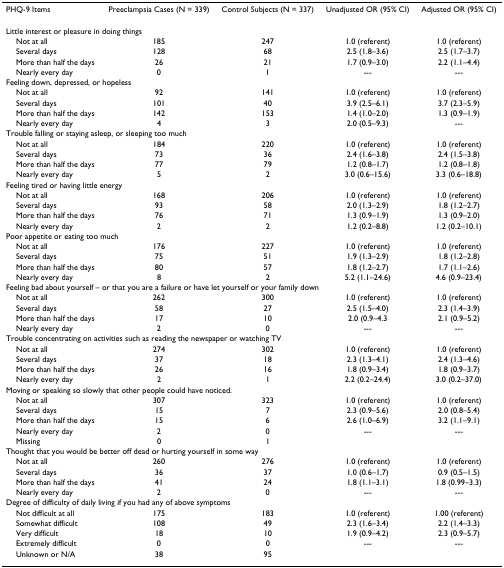
<table><thead><tr><td><b>PHQ-9 Items</b></td><td><b>Preeclampsia Cases (N = 339)</b></td><td><b>Control Subjects (N = 337)</b></td><td><b>Unadjusted OR (95% CI)</b></td><td><b>Adjusted OR (95% CI)</b></td></tr></thead><tbody><tr><td colspan="5">Little interest or pleasure in doing things</td></tr><tr><td> Not at all</td><td>185</td><td>247</td><td>1.0 (referent)</td><td>1.0 (referent)</td></tr><tr><td> Several days</td><td>128</td><td>68</td><td>2.5 (1.8–3.6)</td><td>2.5 (1.7–3.7)</td></tr><tr><td> More than half the days</td><td>26</td><td>21</td><td>1.7 (0.9–3.0)</td><td>2.2 (1.1–4.4)</td></tr><tr><td> Nearly every day</td><td>0</td><td>1</td><td>---</td><td>---</td></tr><tr><td colspan="5">Feeling down, depressed, or hopeless</td></tr><tr><td> Not at all</td><td>92</td><td>141</td><td>1.0 (referent)</td><td>1.0 (referent)</td></tr><tr><td> Several days</td><td>101</td><td>40</td><td>3.9 (2.5–6.1)</td><td>3.7 (2.3–5.9)</td></tr><tr><td> More than half the days</td><td>142</td><td>153</td><td>1.4 (1.0–2.0)</td><td>1.3 (0.9–1.9)</td></tr><tr><td> Nearly every day</td><td>4</td><td>3</td><td>2.0 (0.5–9.3)</td><td>---</td></tr><tr><td colspan="5">Trouble falling or staying asleep, or sleeping too much</td></tr><tr><td> Not at all</td><td>184</td><td>220</td><td>1.0 (referent)</td><td>1.0 (referent)</td></tr><tr><td> Several days</td><td>73</td><td>36</td><td>2.4 (1.6–3.8)</td><td>2.4 (1.5–3.8)</td></tr><tr><td> More than half the days</td><td>77</td><td>79</td><td>1.2 (0.8–1.7)</td><td>1.2 (0.8–1.8)</td></tr><tr><td> Nearly every day</td><td>5</td><td>2</td><td>3.0 (0.6–15.6)</td><td>3.3 (0.6–18.8)</td></tr><tr><td colspan="5">Feeling tired or having little energy</td></tr><tr><td> Not at all</td><td>168</td><td>206</td><td>1.0 (referent)</td><td>1.0 (referent)</td></tr><tr><td> Several days</td><td>93</td><td>58</td><td>2.0 (1.3–2.9)</td><td>1.8 (1.2–2.7)</td></tr><tr><td> More than half the days</td><td>76</td><td>71</td><td>1.3 (0.9–1.9)</td><td>1.3 (0.9–2.0)</td></tr><tr><td> Nearly every day</td><td>2</td><td>2</td><td>1.2 (0.2–8.8)</td><td>1.2 (0.2–10.1)</td></tr><tr><td colspan="5">Poor appetite or eating too much</td></tr><tr><td> Not at all</td><td>176</td><td>227</td><td>1.0 (referent)</td><td>1.0 (referent)</td></tr><tr><td> Several days</td><td>75</td><td>51</td><td>1.9 (1.3–2.9)</td><td>1.8 (1.2–2.8)</td></tr><tr><td> More than half the days</td><td>80</td><td>57</td><td>1.8 (1.2–2.7)</td><td>1.7 (1.1–2.6)</td></tr><tr><td> Nearly every day</td><td>8</td><td>2</td><td>5.2 (1.1–24.6)</td><td>4.6 (0.9–23.4)</td></tr><tr><td colspan="5">Feeling bad about yourself – or that you are a failure or have let yourself or your family down</td></tr><tr><td> Not at all</td><td>262</td><td>300</td><td>1.0 (referent)</td><td>1.0 (referent)</td></tr><tr><td> Several days</td><td>58</td><td>27</td><td>2.5 (1.5–4.0)</td><td>2.3 (1.4–3.9)</td></tr><tr><td> More than half the days</td><td>17</td><td>10</td><td>2.0 (0.9–4.3</td><td>2.1 (0.9–5.2)</td></tr><tr><td> Nearly every day</td><td>2</td><td>0</td><td>---</td><td>---</td></tr><tr><td colspan="5">Trouble concentrating on activities such as reading the newspaper or watching TV</td></tr><tr><td> Not at all</td><td>274</td><td>302</td><td>1.0 (referent)</td><td>1.0 (referent)</td></tr><tr><td> Several days</td><td>37</td><td>18</td><td>2.3 (1.3–4.1)</td><td>2.4 (1.3–4.6)</td></tr><tr><td> More than half the days</td><td>26</td><td>16</td><td>1.8 (0.9–3.4)</td><td>1.8 (0.9–3.7)</td></tr><tr><td> Nearly every day</td><td>2</td><td>1</td><td>2.2 (0.2–24.4)</td><td>3.0 (0.2–37.0)</td></tr><tr><td colspan="5">Moving or speaking so slowly that other people could have noticed.</td></tr><tr><td> Not at all</td><td>307</td><td>323</td><td>1.0 (referent)</td><td>1.0 (referent)</td></tr><tr><td> Several days</td><td>15</td><td>7</td><td>2.3 (0.9–5.6)</td><td>2.0 (0.8–5.4)</td></tr><tr><td> More than half the days</td><td>15</td><td>6</td><td>2.6 (1.0–6.9)</td><td>3.2 (1.1–9.1)</td></tr><tr><td> Nearly every day</td><td>2</td><td>0</td><td>---</td><td>---</td></tr><tr><td> Missing</td><td>0</td><td>1</td><td></td><td></td></tr><tr><td colspan="5">Thought that you would be better off dead or hurting yourself in some way</td></tr><tr><td> Not at all</td><td>260</td><td>276</td><td>1.0 (referent)</td><td>1.0 (referent)</td></tr><tr><td> Several days</td><td>36</td><td>37</td><td>1.0 (0.6–1.7)</td><td>0.9 (0.5–1.5)</td></tr><tr><td> More than half the days</td><td>41</td><td>24</td><td>1.8 (1.1–3.1)</td><td>1.8 (0.99–3.3)</td></tr><tr><td> Nearly every day</td><td>2</td><td>0</td><td>---</td><td>---</td></tr><tr><td colspan="5">Degree of difficulty of daily living if you had any of above symptoms</td></tr><tr><td> Not difficult at all</td><td>175</td><td>183</td><td>1.0 (referent)</td><td>1.00 (referent)</td></tr><tr><td> Somewhat difficult</td><td>108</td><td>49</td><td>2.3 (1.6–3.4)</td><td>2.2 (1.4–3.3)</td></tr><tr><td> Very difficult</td><td>18</td><td>10</td><td>1.9 (0.9–4.2)</td><td>2.3 (0.9–5.7)</td></tr><tr><td> Extremely difficult</td><td>0</td><td>0</td><td>---</td><td>---</td></tr><tr><td> Unknown or N/A</td><td>38</td><td>95</td><td></td><td></td></tr></tbody></table>